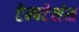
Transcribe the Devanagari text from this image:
टेम्पटेशंस